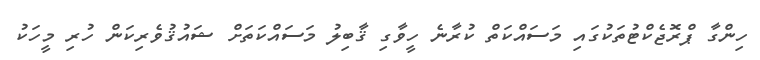
ހިންގާ ޕްރޮޖެކްޓުތަކުގައި މަސައްކަތް ކުރާނެ ހީވާގި ޤާބިލު މަސައްކަތަށް ޝައުޤުވެރިކަން ހުރި މީހަކު